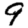
Digit: 9